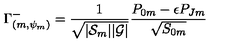
\Gamma _ { ( m , \psi _ { m } ) } ^ { - } = { \frac { 1 } { \sqrt { | { \cal S } _ { m } | | { \cal G } | } } } { \frac { { P } _ { 0 m } - \epsilon { P } _ { J m } } { \sqrt { { S } _ { 0 m } } } }